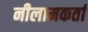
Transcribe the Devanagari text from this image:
नीलामकर्ता